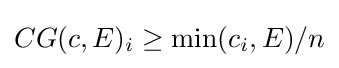
CG(c,E)_{i}\geq \min(c_{i},E)/n